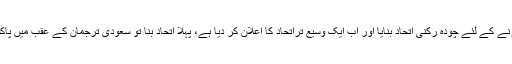
انہوں نے یمن کی جنگ لڑنے کے لئے چودہ رکنی اتحاد بنایا اور اب ایک وسیع تراتحاد کا اعلان کر دیا ہے، پہلا اتحاد بنا تو سعودی ترجمان کے عقب میں پاکستان کا جھنڈا لہرا رہا تھا۔